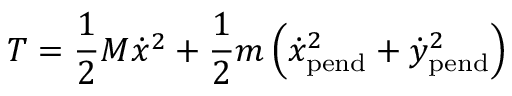
T = { \frac { 1 } { 2 } } M { \dot { x } } ^ { 2 } + { \frac { 1 } { 2 } } m \left( { \dot { x } } _ { \mathrm { p e n d } } ^ { 2 } + { \dot { y } } _ { \mathrm { p e n d } } ^ { 2 } \right)